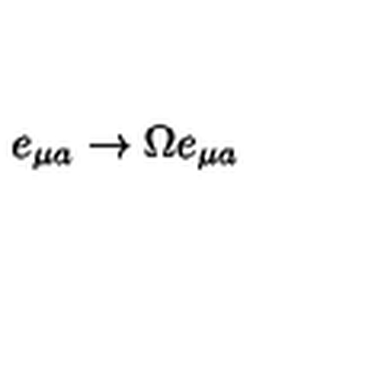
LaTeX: e _ { \mu a } \rightarrow \Omega e _ { \mu a }